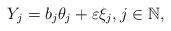
LaTeX: \begin{align*}Y_j=b_j\theta_j+\varepsilon \xi_j, j \in \mathbb{N},\end{align*}